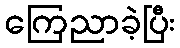
ကြေညာခဲ့ပြီး